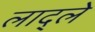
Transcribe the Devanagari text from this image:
लाद्ले